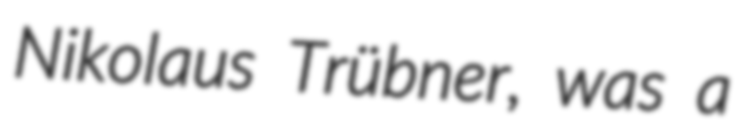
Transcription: Nikolaus Trübner, was a